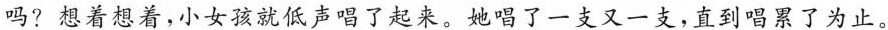
吗?想着想着，小女孩就低声唱了起来。她唱了一支又一支，直到唱累了为止。